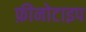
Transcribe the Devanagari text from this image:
फ़ीनोटाइप